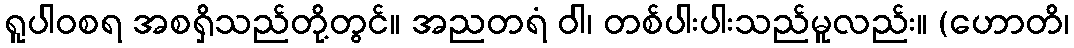
ရူပါဝစရ အစရှိသည်တို့တွင်။ အညတရံ ဝါ၊ တစ်ပါးပါးသည်မူလည်း။ (ဟောတိ၊